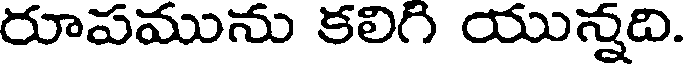
రూపమును కలిగి యున్నది.